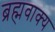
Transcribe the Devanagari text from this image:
ब्रह्मवाक्‍य